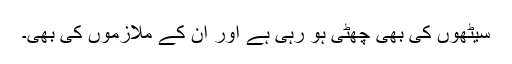
سیٹھوں کی بھی چھٹی ہو رہی ہے اور ان کے ملازموں کی بھی۔